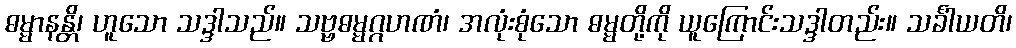
ဓမ္မာနန္တိ၊ ဟူသော သဒ္ဒါသည်။ သဗ္ဗဓမ္မဂ္ဂဟဏံ၊ အလုံးစုံသော ဓမ္မတို့ကို ယူကြောင်းသဒ္ဒါတည်း။ သင်္ခါယတိ၊